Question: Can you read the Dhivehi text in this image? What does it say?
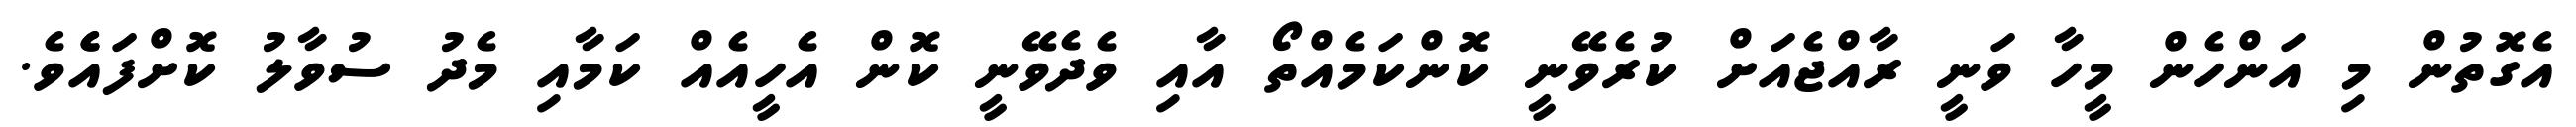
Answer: އެގޮތުން މި އަންހެން މީހާ ވަނީ ރާއްޖެއަށް ކުރެވޭނީ ކޮންކަމެއްތޯ އާއި ވެދެވޭނީ ކޮން އެހީއެއް ކަމާއި މެދު ސުވާލު ކޮށްފައެެވެ.